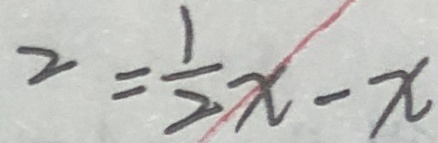
2 = \frac { 1 } { 2 } x - x